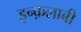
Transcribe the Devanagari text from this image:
इन्क़लाबी